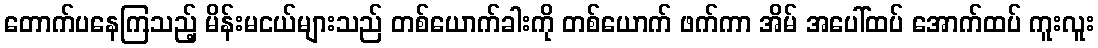
တောက်ပနေကြသည့် မိန်းမငယ်များသည် တစ်ယောက်ခါးကို တစ်ယောက် ဖက်ကာ အိမ် အပေါ်ထပ် အောက်ထပ် ကူးလူး